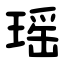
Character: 瑶